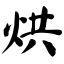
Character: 烘